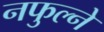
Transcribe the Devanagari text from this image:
नफुल्ने